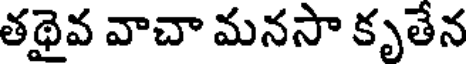
తథైవ వాచా మనసా కృతేన